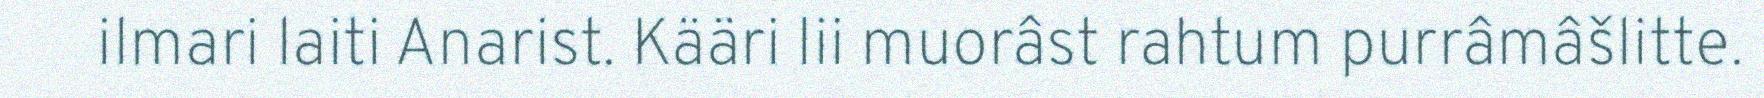
ilmari laiti Anarist. Kääri lii muorâst rahtum purrâmâšlitte.